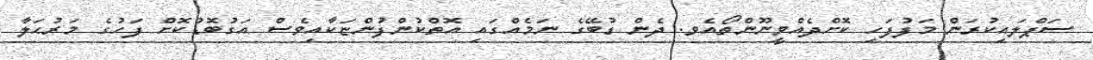
ސަޕްލައިކުރަން މަފުފަހި ކޮށްދެއްވީނޫންތޯއެވ. ދެން ޑުބޭގެ ނަމެއްގައި އޮތްކުންފުންޏަކާއިވެސް އަގުބޮޑުކޮށް ފަހުގެ މަރުޙަލާ